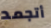
أتجمد